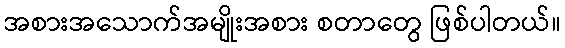
အစားအသောက်အမျိုးအစား စတာတွေ ဖြစ်ပါတယ်။